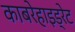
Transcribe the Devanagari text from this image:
काबरेहाइड्रेट